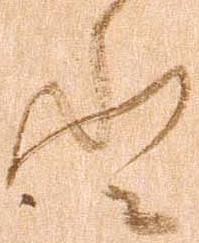
登